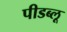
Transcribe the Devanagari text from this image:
पीडब्लू